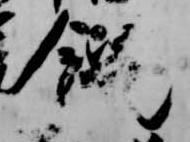
鐉